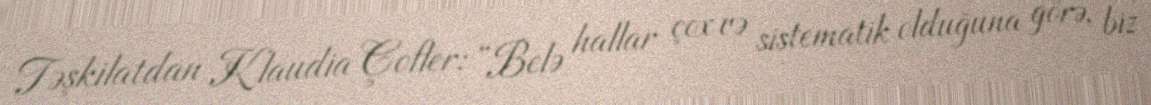
Təşkilatdan Klaudia Çofler: “Belə hallar çox və sistematik olduğuna görə, biz